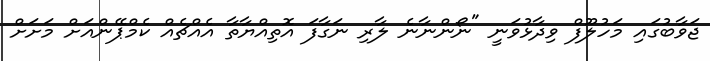
ޖަވާބުގައި މަހުލޫފް ވިދާޅުވަނީ "ނޯންނާނެ ލާރި ނަގާފަ އޮތިއްޔާތާ އެއްޗެއް ކެމްޕޭންއަށް މަށަށް